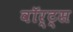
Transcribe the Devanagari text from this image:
वॉर्ट्स